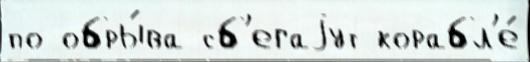
по обры́ва сб'егаjут корабл'е́